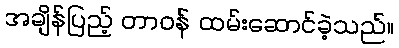
အချိန်ပြည့် တာဝန် ထမ်းဆောင်ခဲ့သည်။